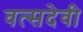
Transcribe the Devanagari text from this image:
वत्सदेवी